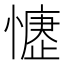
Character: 𢡒